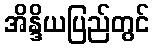
အိန္ဒိယပြည်တွင်